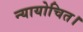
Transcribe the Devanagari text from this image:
न्यायोचित।